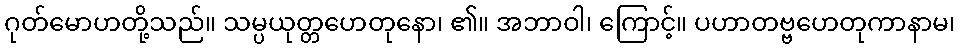
ဂုတ်မောဟတို့သည်။ သမ္ပယုတ္တဟေတုနော၊ ၏။ အဘာဝါ၊ ကြောင့်။ ပဟာတဗ္ဗဟေတုကာနာမ၊